Vaccine operations Central Provinces & Berar 1912-1920 - 1912-1920
Year: 1912
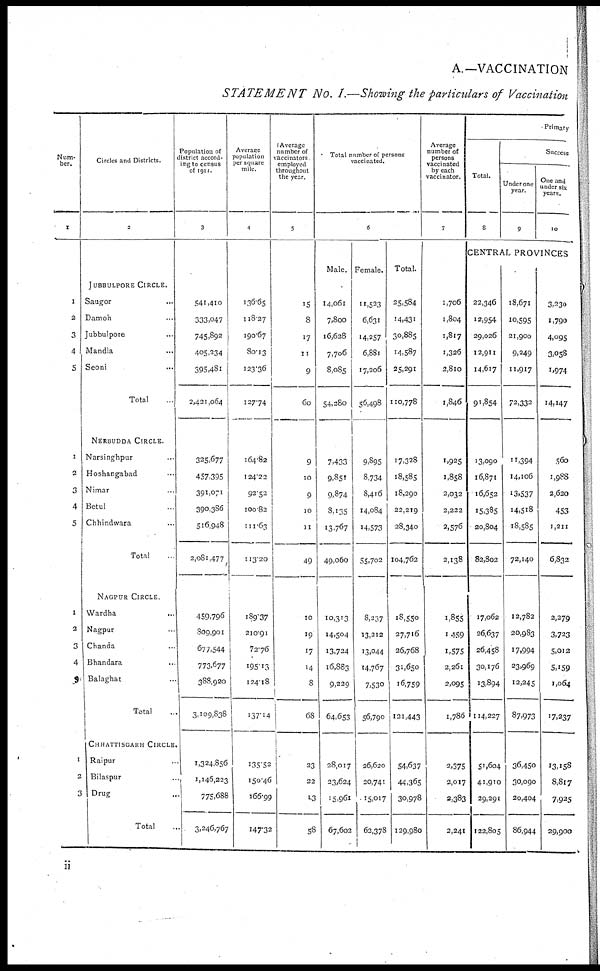
A.—VACCINATION
STATEMENT No. I.—Showing the particulars of Vaccination
Num-
ber.
1
1
2
3
4
5
1
2
3
4
5
1
2
3
4
5
1
2
3
Circles and Districts.
2
JUBBULPORE CIRCLE.
Saugor ...
Damoh ...
Jubbulpore ...
Mandla ...
Seoni ...
Total ...
NERBUDDA CIRCLE.
Narsinghpur ...
Hoshangabad ...
Nimar ...
Betul ...
Chhindwara ...
Total ...
NAGPUR CIRCLE.
Wardha
...
Nagpur ...
Chanda ...
Bhandara ...
Balaghat ...
Total ...
CHHATTISGARH CIRCLE.
Raipur ...
Bilaspur ...
Drug ...
Total ...
Population of
district accord-
ing to census
of 1911.
3
541,410
333,047
745,892
405,234
395,481
2,421,064
325,677
457.395
391,071
390,386
516,948
2,081,477
459,796
809,901
677,544
773,677
388,920
3,109,838
1,324,856
1,146,223
775,688
3,246,767
Average
population
per square
mile.
4
136.65
118.27
190.67
80.13
123.36
127.74
164.82
124.22
92.52
100.82
111.63
113.20
189.37
210.91
72.76
195.13
124.18
137.14
135.52
150.46
166.99
147.32
Average
number of
vaccinators.
employed
throughout
the year.
5
15
8
17
11
9
60
9
10
9
10
11
49
10
19
17
14
8
68
23
22
13
58
Total number of persons
vaccinated.
6
Male.
14,061
7,800
16,628
7,706
8,085
54,280
7,433
9,851
9,874
8,135
13,767
49,060
10,313
14,504
13,724
16,883
9,229
64,653
28,017
23,624
15,961
67,602
Female.
11,523
6,631
14,257
6,881
17,206
56,498
9,895
8,734
8,416
14,084
14,573
55,702
8,237
13,212
13,044
14,767
7,530
56,790
26,620
20,741
15,017
62,378
Total.
25,584
14,431
30,885
14,587
25,291
110,778
17,328
18,585
18,290
22,219
28,340
104,762
18,550
27,716
26,768
31,650
16,759
121,443
54,637
44,365
30,978
129,980
Average
number of
persons
vaccinated
by each
vaccinator.
7
1,706
1,804
1,817
1,326
2,810
1,846
1,925
1,858
2,032
2,222
2,576
2,138
1,855
1,459
1,575
2,261
2,095
1,786
2,375
2,017
2,383
2,241
Primary
Total.
8
Success
Under one
year.
9
One and
under six
years.
10
CENTRAL PROVINCES
22,346
12,954
29,026
12,911
14,617
91,854
13,090
16,871
16,652
15,385
20,804
82,802
17,062
26,637
26,458
30,176
13,894
114,227
51,604
41,910
29,291
122,805
18,671
10,595
21,900
9,249
11,917
72,332
11,394
14,106
13,537
14,518
18,585
72,140
12,782
20,983
17,994
23,969
12,245
87,973
36,450
30,090
20,404
86,944
3,230
1,790
4,095
3,058
1,974
14,147
560
1,988
2,620
453
1,211
6,832
2,279
3,723
5,012
5,159
1,064
17,237
13,158
8,817
7,925
29,900
ii